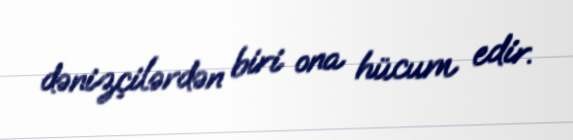
dənizçilərdən biri ona hücum edir.